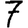
Digit: 7